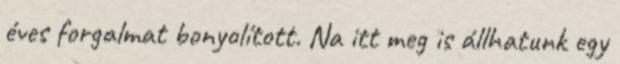
éves forgalmat bonyolított. Na itt meg is állhatunk egy